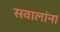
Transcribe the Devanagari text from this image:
सवालांना